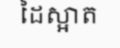
ដៃស្អាត